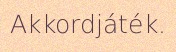
Akkordjáték.